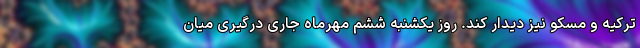
ترکیه و مسکو نیز دیدار کند. روز یکشنبه ششم مهرماه جاری درگیری میان